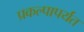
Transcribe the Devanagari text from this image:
प्रकल्पापर्यंत